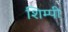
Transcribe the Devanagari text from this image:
शिम्पी